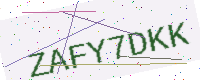
Text: ZAFY7DKK